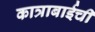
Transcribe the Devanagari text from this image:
कात्राबाईची